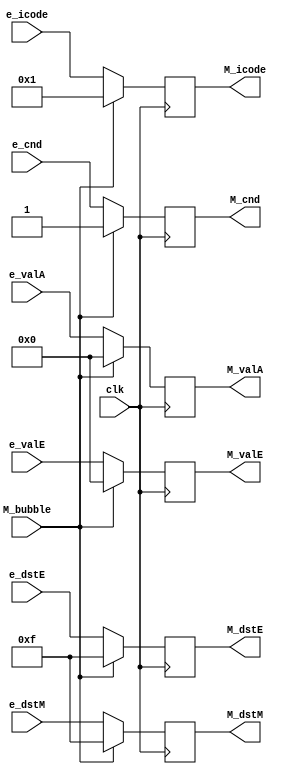
module memoryreg(clk,M_bubble,e_cnd,e_icode,e_valA,e_valE,e_dstE,e_dstM,M_cnd,M_icode,M_valE,M_valA,M_dstE,M_dstM);

input clk;
input e_cnd;

input [4:1] e_icode;
input [4:1] e_dstE;
input [4:1] e_dstM;
input M_bubble;

input [64:1] e_valA,e_valE;


output reg [64:1] M_valE,M_valA;

output reg M_cnd;

output reg [4:1] M_icode;
output reg [4:1] M_dstE;
output reg [4:1] M_dstM;



always @(posedge clk)
begin
  if(M_bubble==0)
  begin
    M_valA <= e_valA;
    M_valE <= e_valE;
    M_dstE <= e_dstE;
    M_dstM <= e_dstM;
    M_cnd <= e_cnd;
    M_icode <= e_icode;
  end
  else
  begin
    M_icode <= 4'b001;
      M_cnd <= 1;
      M_valE <= 0;
      M_valA <= 0;
      M_dstE <= 4'hF;
      M_dstM <= 4'hF;
  end
end


endmodule